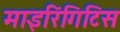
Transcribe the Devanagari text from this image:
माइरिंगिटिस